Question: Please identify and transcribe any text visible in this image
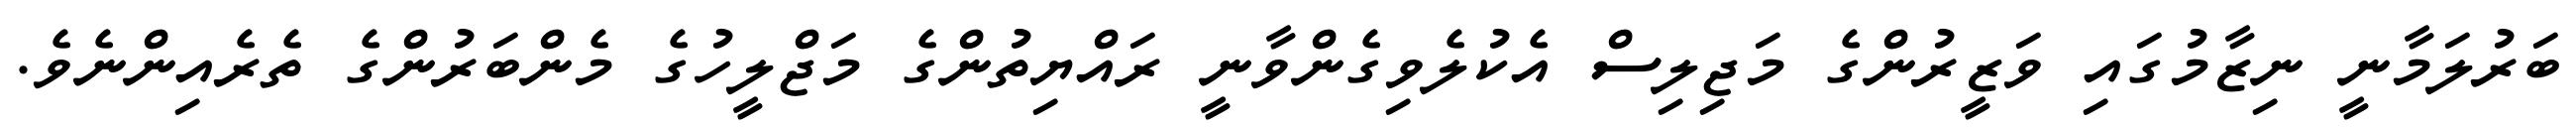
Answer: ބަރުލަމާނީ ނިޒާމުގައި ވަޒީރުންގެ މަޖިލިސް އެކުލެވިގެންވާނީ ރައްޔިތުންގެ މަޖްލީހުގެ މެންބަރުންގެ ތެރެއިންނެވެ.